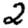
Digit: 2